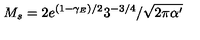
M _ { s } = { 2 e ^ { ( 1 - \gamma _ { E } ) / 2 } 3 ^ { - 3 / 4 } } / { \sqrt { 2 \pi \alpha ^ { \prime } } }